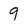
Character: 9